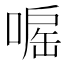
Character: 𠹓